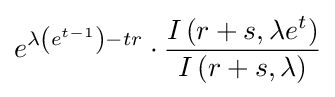
e^{\lambda \left(e^{t-1}\right)-tr}\cdot {\dfrac {I\left(r+s,\lambda e^{t}\right)}{I\left(r+s,\lambda \right)}}